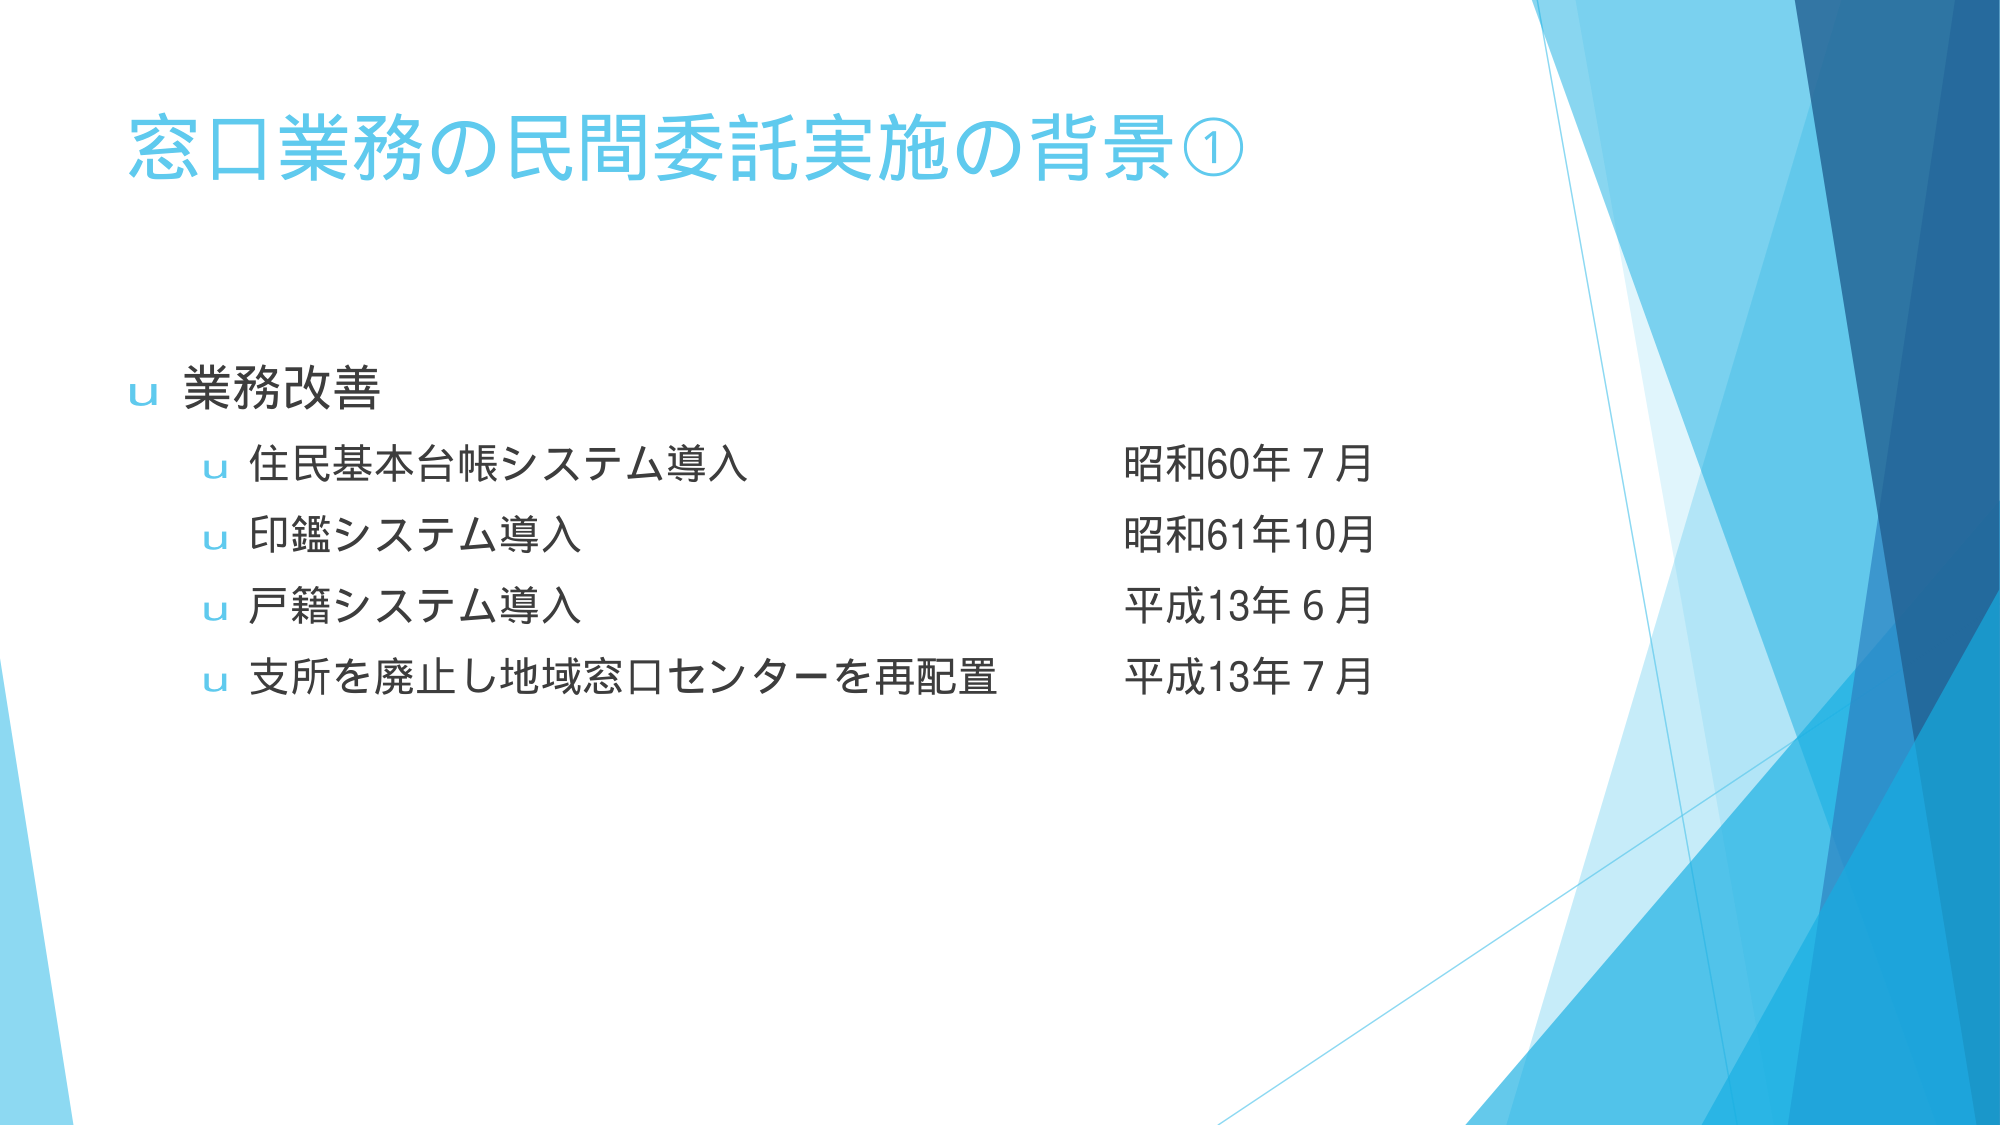
窓口業務の民間委託実施の背景①

業務改善
　住民基本台帳システム導入　　　　　　　昭和60年７月
　印鑑システム導入　　　　　　　　　　　昭和61年10月
　戸籍システム導入　　　　　　　　　　　平成13年６月
　支所を廃止し地域窓口センターを再配置　平成13年７月